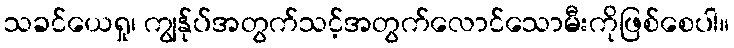
သခင်ယေရှု၊ ကျွန်ုပ်အတွက်သင့်အတွက်လောင်သောမီးကိုဖြစ်စေပါ။